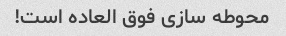
محوطه سازی فوق العاده است!